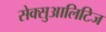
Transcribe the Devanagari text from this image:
सेक्सुआलिटिज